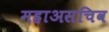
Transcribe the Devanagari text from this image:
महाअसचिव